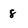
Character: 8